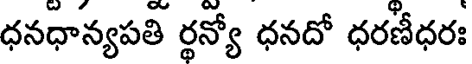
ధనధాన్యపతి ర్థన్యో ధనదో ధరణీధరః